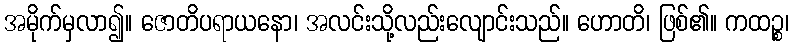
အမိုက်မှလာ၍။ ဇောတိပရာယနော၊ အလင်းသို့လည်းလျောင်းသည်။ ဟောတိ၊ ဖြစ်၏။ ကထဉ္စ၊